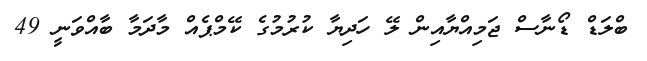
ބްލަޑް ޑޯނާސް ޖަމިއްޔާއިން ލޭ ހަދިޔާ ކުރުމުގެ ކޭމްޕެއް މާދަމާ ބާއްވަނީ 49